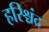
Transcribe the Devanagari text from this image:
हरिश्चंद